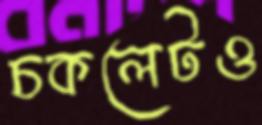
চকলেটও